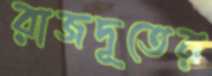
রাজদূতের